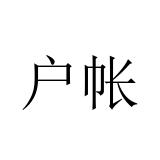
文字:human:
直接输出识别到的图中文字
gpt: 户帐